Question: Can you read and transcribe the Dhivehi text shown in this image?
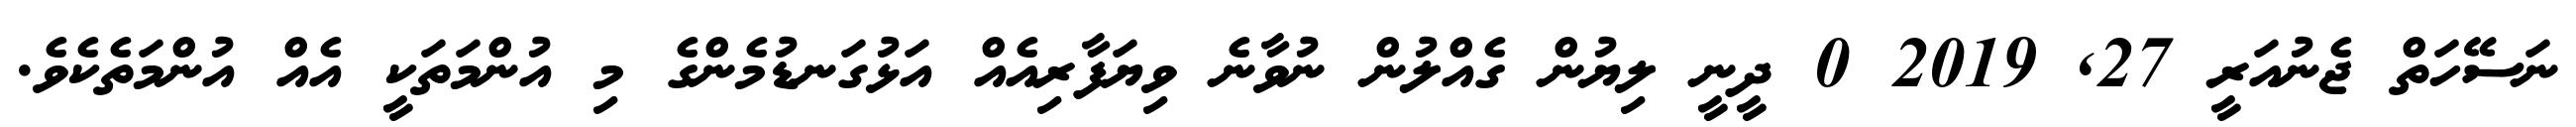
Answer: ނަސޭހަތް ޖެނުއަރީ 27, 2019 0 ދީނީ ލިޔުން ގެއްލުން ނުވާނެ ވިޔަފާރިއެއް އަޅުގަނޑުމެންގެ މި އުންމަތަކީ އެއް އުންމަތެކެވެ.